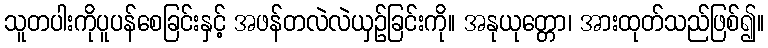
သူတပါးကိုပူပန်စေခြင်းနှင့် အဖန်တလဲလဲယှဉ်ခြင်းကို။ အနုယုတ္တော၊ အားထုတ်သည်ဖြစ်၍။